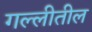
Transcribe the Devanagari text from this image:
गल्लीतील